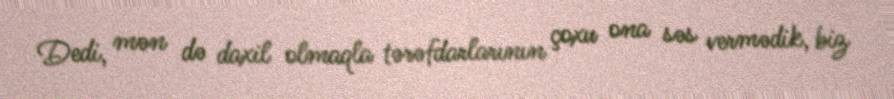
Dedi, mən də daxil olmaqla tərəfdarlarının çoxu ona səs vermədik, biz